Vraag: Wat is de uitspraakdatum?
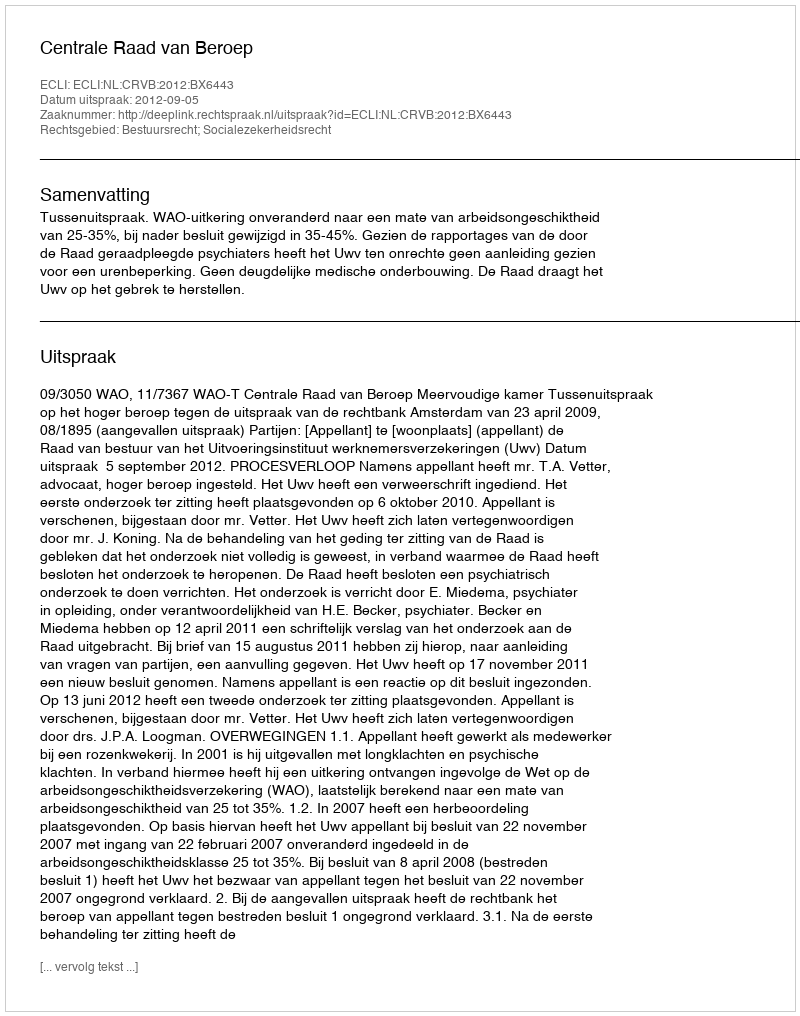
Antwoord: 2012-09-05